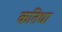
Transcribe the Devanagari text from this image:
कतिधा